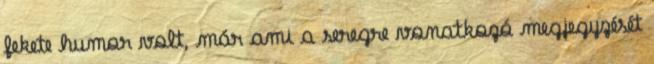
fekete humor volt, már ami a seregre vonatkozó megjegyzését